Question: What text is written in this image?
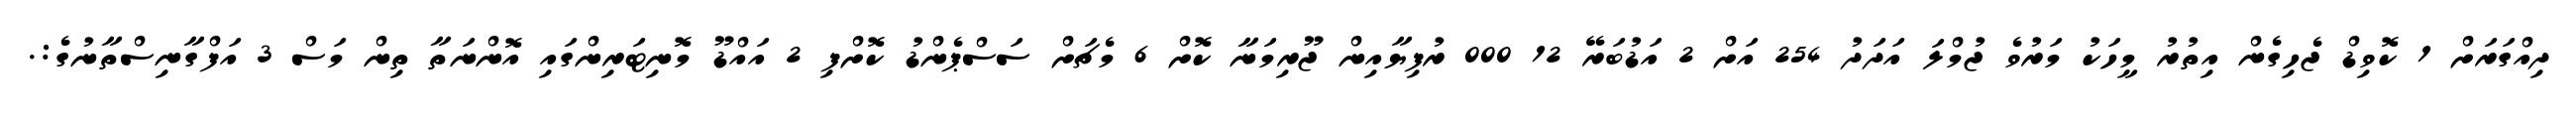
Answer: ދިއްގަރަށް 1 ކޮވިޑް ޖެހިގެން އިތުރު މީހަކު މަރުވެ ޖުމްލަ އަދަދު 254 އަށް 2 އަޑުބަރޭ 12 000 ރުފިޔާއިން ޖޫރިމަނާ ކޮށް 6 މެޗަށް ސަސްޕެންޑު ކޮށްފި 2 އައްޑޫ މޮނިޓަރިންގައި އޮންނަތާ ތިން މަސް 3 އަފްގާނިސްތާނުގެ:.